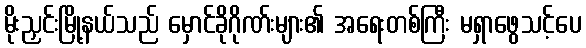
မိုးညှင်းမြို့နယ်သည် မှောင်ခိုဂိုဏ်းများ၏ အရေးတစ်ကြီး မရှာဖွေသင့်ပေ